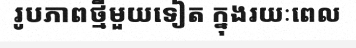
រូបភាពថ្មីមួយទៀត ក្នុងរយៈពេល